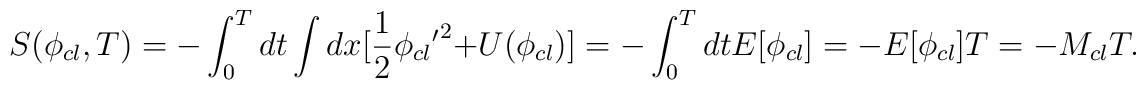
S(\phi _{cl},T)=-\int _{0}^{T}dt\int dx[\frac{1}{2}\phi _{cl}{'}^{2}+U(\phi _{cl})]=-\int _{0}^{T}dtE[\phi _{cl}]=-E[\phi _{cl}]T=-M_{cl}T.